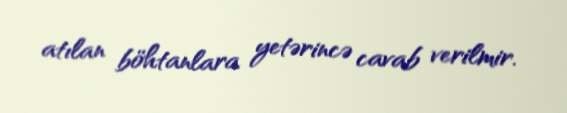
atılan böhtanlara yetərincə cavab verilmir.